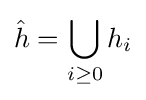
{\hat {h}}=\bigcup _{i\geq 0}h_{i}